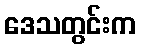
ဒေသတွင်းက